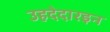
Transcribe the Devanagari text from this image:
उहदेदारइन